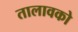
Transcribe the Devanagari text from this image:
तालावको